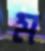
ম